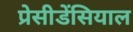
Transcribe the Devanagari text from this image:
प्रेसीडेंसियाल